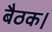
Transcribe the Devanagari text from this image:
बैठक।